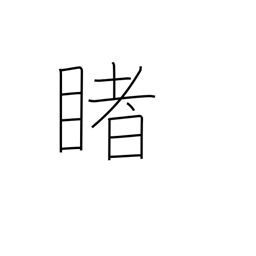
Meaning: look at